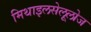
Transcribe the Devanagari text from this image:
मिथाइलसेलूलोज